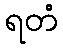
ရတံ